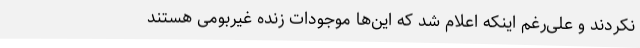
نکردند و علی‌رغم اینکه اعلام شد که این‌ها موجودات زنده غیربومی هستند